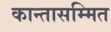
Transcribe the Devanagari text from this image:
कान्तासम्मित